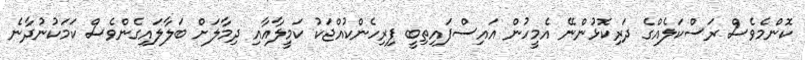
ކޮންމެވެސް ރަސްކަލެއްގެ ދަރިކޮޅުންނޭ އެމީހުން އައިސްފައިތިބީ ފިރިހެންކުއްޖަކު ކަމީލާއާއި ދިމާލަށް ބަލާލައިގެންވެސް ކަމަކުނުދާނެ